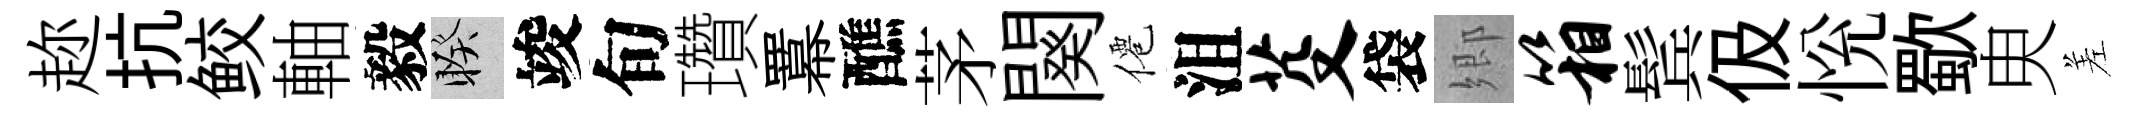
趂抗鲛軸毅睽竣旬瓚羃醮茅闋僊沮芟袋郷箱鬂伋恱歜㬰差